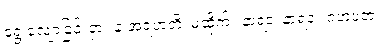
ရွေ့လျောခြင်းငှာ။ န အရဟတိ၊ မထိုက်။ နာရဒ၊ နာရဒ။ ဂဟပတံ၊